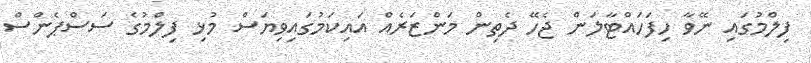
ފިލްމުގައި ނޭވާ ހިފަހައްޓާލަން ޖެހޭ ދެތިން މަންޒަރެއް އައިކަމުގައިވިޔަސް މުޅި ފިލްމުގެ ސަސްޕެންސް